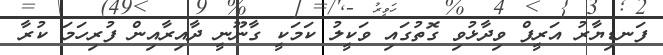
ފަނޑިޔާރު އަރީފް ވިދާޅުވި ގޮތުގައި ވަކީލު ކަމަކީ ގާނޫނީ ދާއިރާއިން ފުރިހަމަ ކުރާ